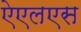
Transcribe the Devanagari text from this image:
ऐएलएस